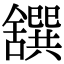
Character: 𦧸